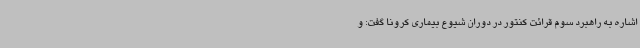
اشاره به راهبرد سوم قرائت کنتور در دوران شیوع بیماری کرونا گفت: و